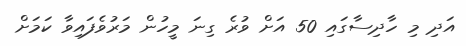
އަދި މި ހާދިސާގައި 50 އަށް ވުރެ ގިނަ މީހުން މަރުވެފައިވާ ކަމަށް